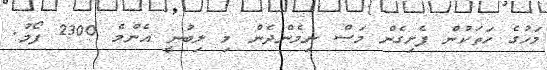
މަހުގެ ހަތަކުން ފެށިގެން މަސް ނިމެންދެން މި ލިބުނީ އެންމެ 2300 ފޯމު.